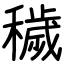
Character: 穢